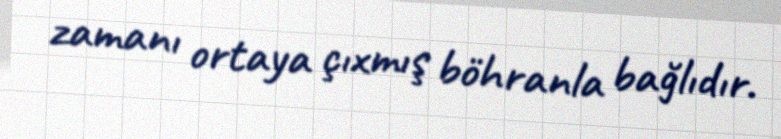
zamanı ortaya çıxmış böhranla bağlıdır.